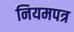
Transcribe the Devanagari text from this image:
नियमपत्र